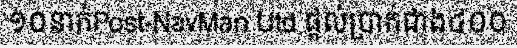
១០នាក់Post-NavMan Utd ផ្តល់ប្រាក់ជាង៤០០